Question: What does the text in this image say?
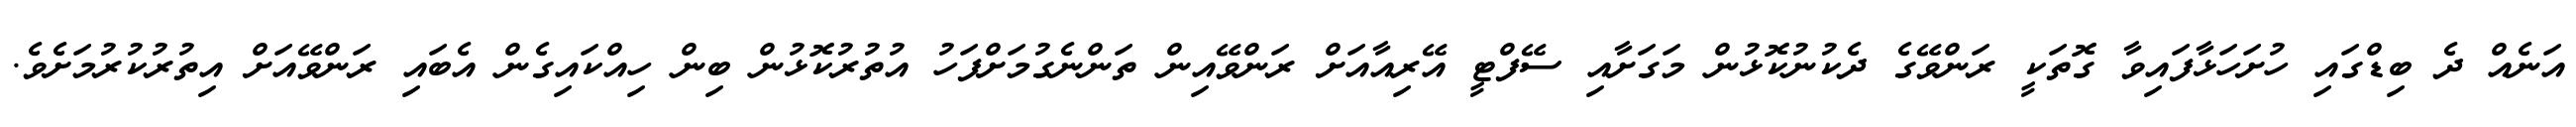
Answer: އަނެއް ދެ ބިޑްގައި ހުށަހަޅާފައިވާ ގޮތަކީ ރަންވޭގެ ދެކުނުކޮޅުން މަގަށާއި ސޭފްޓީ އޭރިއާއަށް ރަންވޭއިން ތަންނެގުމަށްފަހު އުތުރުކޮޅުން ބިން ހިއްކައިގެން އެބައި ރަންވޭއަށް އިތުރުކުރުމަށެވެ.